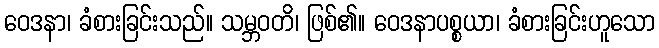
ဝေဒနာ၊ ခံစားခြင်းသည်။ သမ္ဘဝတိ၊ ဖြစ်၏။ ဝေဒနာပစ္စယာ၊ ခံစားခြင်းဟူသော